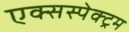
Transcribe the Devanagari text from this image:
एक्सस्पेक्ट्रम